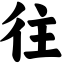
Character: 往